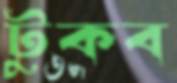
টুকব